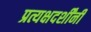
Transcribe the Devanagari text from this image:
प्रत्यक्षदर्शींनी